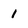
Character: 1